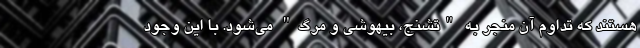
هستند که تداوم آن منجر به "تشنج، بیهوشی و مرگ" می‌شود. با این وجود